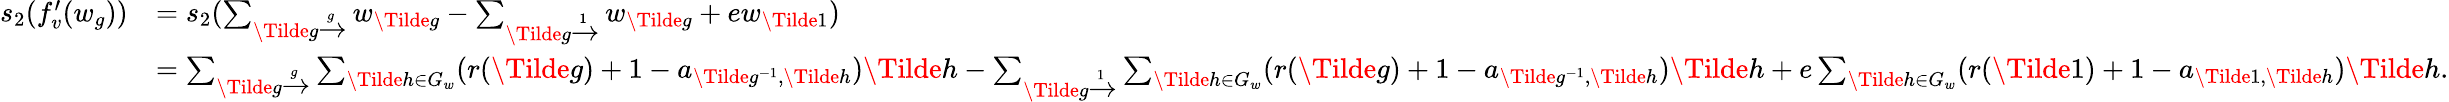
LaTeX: \begin{array}{rl}{s_{2}(f_{v}^{\prime}(w_{g}))}&{=s_{2}(\sum_{\Tilde{g}\xrightarrow[]g}w_{\Tilde{g}}-\sum_{\Tilde{g}\xrightarrow[]1}w_{\Tilde{g}}+ew_{\Tilde{1}})}\\ &{=\sum_{\Tilde{g}\xrightarrow[]g}\sum_{\Tilde{h}\in G_{w}}(r(\Tilde{g})+1-a_{\Tilde{g}^{-1},\Tilde{h}})\Tilde{h}-\sum_{\Tilde{g}\xrightarrow[]1}\sum_{\Tilde{h}\in G_{w}}(r(\Tilde{g})+1-a_{\Tilde{g}^{-1},\Tilde{h}})\Tilde{h}+e\sum_{\Tilde{h}\in G_{w}}(r(\Tilde{1})+1-a_{\Tilde{1},\Tilde{h}})\Tilde{h}.}\end{array}